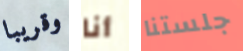
وقريبا أنا جلستنا